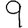
Digit: 9